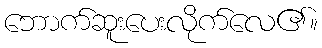
ဘောက်ဆူးပေးလိုက်လေ၏။